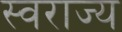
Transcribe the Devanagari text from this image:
स्‍वराज्य